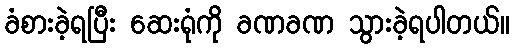
ခံစားခဲ့ရပြီး ဆေးရုံကို ခဏခဏ သွားခဲ့ရပါတယ်။